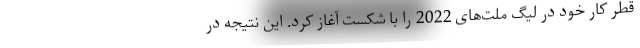
قطر کار خود در لیگ ملت‌های 2022 را با شکست آغاز کرد. این نتیجه در